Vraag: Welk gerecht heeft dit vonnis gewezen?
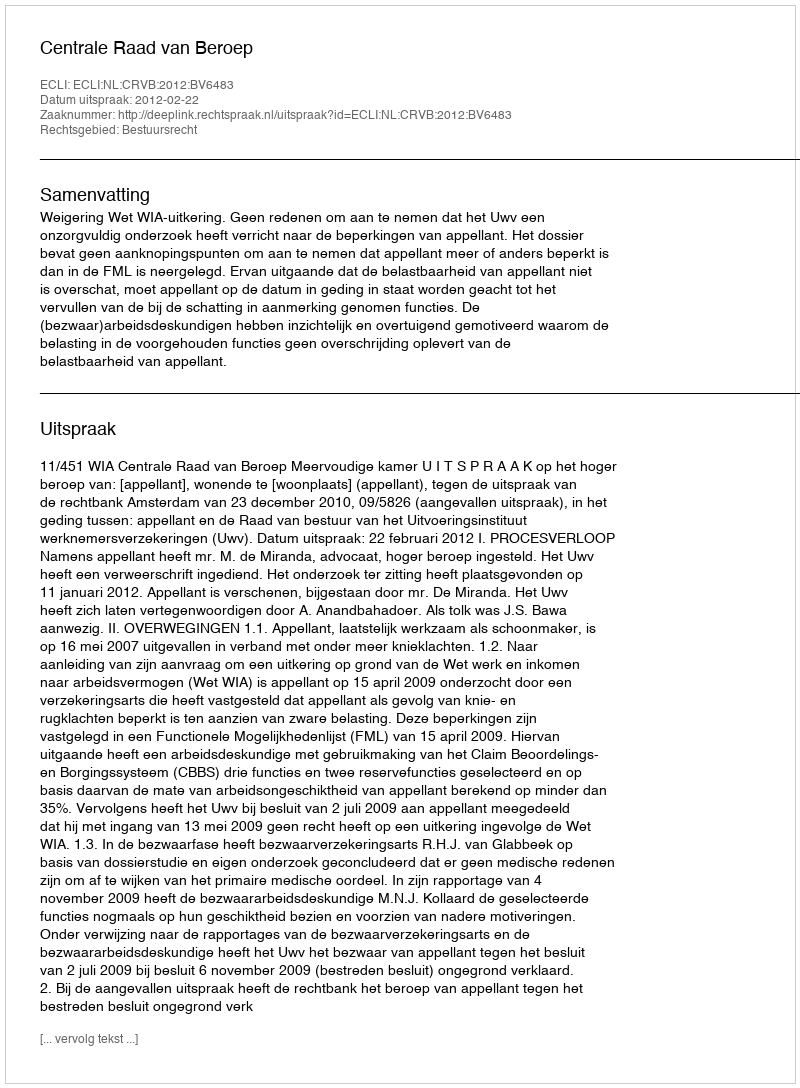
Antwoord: Centrale Raad van Beroep